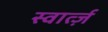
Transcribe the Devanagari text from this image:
स्वार्त्ज़